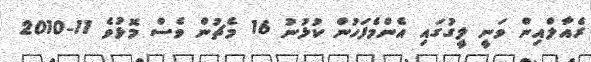
ރެއާލްއިން ވަނީ ލީގުގައި އެންމެފަހުން ކުޅުނު 16 މެޗުން ވެސް މޮޅުވެ 11-2010